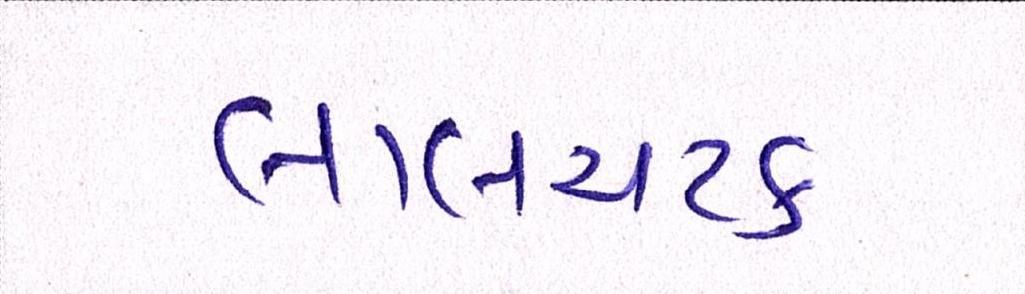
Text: લાલચટક